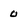
Character: O